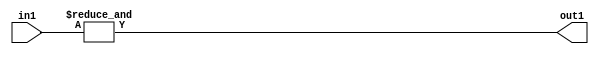
`timescale 1ps / 1ps
/*****************************************************************************
    Verilog RTL Description
    
    
    Created by: Stratus DpOpt 2019.1.01 
*******************************************************************************/

module st_weight_addr_gen_AndReduction_2S_1U_4_1 (
	in1,
	out1
	); /* architecture "behavioural" */ 
input [1:0] in1;
output  out1;
wire  asc001;

assign asc001 = 
	(&in1);

assign out1 = asc001;
endmodule

/* CADENCE  urfwTQk= : u9/ySgnWtBlWxVPRXgAZ4Og= ** DO NOT EDIT THIS LINE ******/